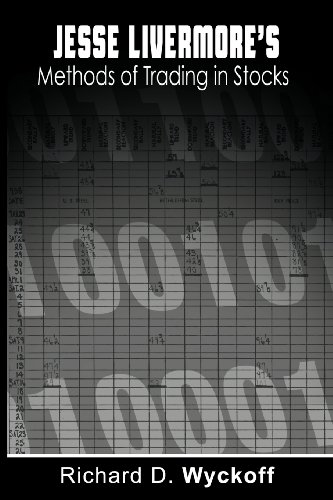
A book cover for Jesse Livermore's Methods of Trading in Stocks; Richard D. Wyckoff; Business & Money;